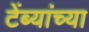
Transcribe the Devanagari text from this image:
टेंब्यांच्या